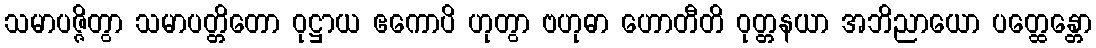
သမာပဇ္ဇိတွာ သမာပတ္တိတော ဝုဋ္ဌာယ ဧကောပိ ဟုတွာ ဗဟုဓာ ဟောတီတိ ဝုတ္တနယာ အဘိညာယော ပတ္ထေန္တော